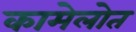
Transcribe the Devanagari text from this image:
कामेलोत